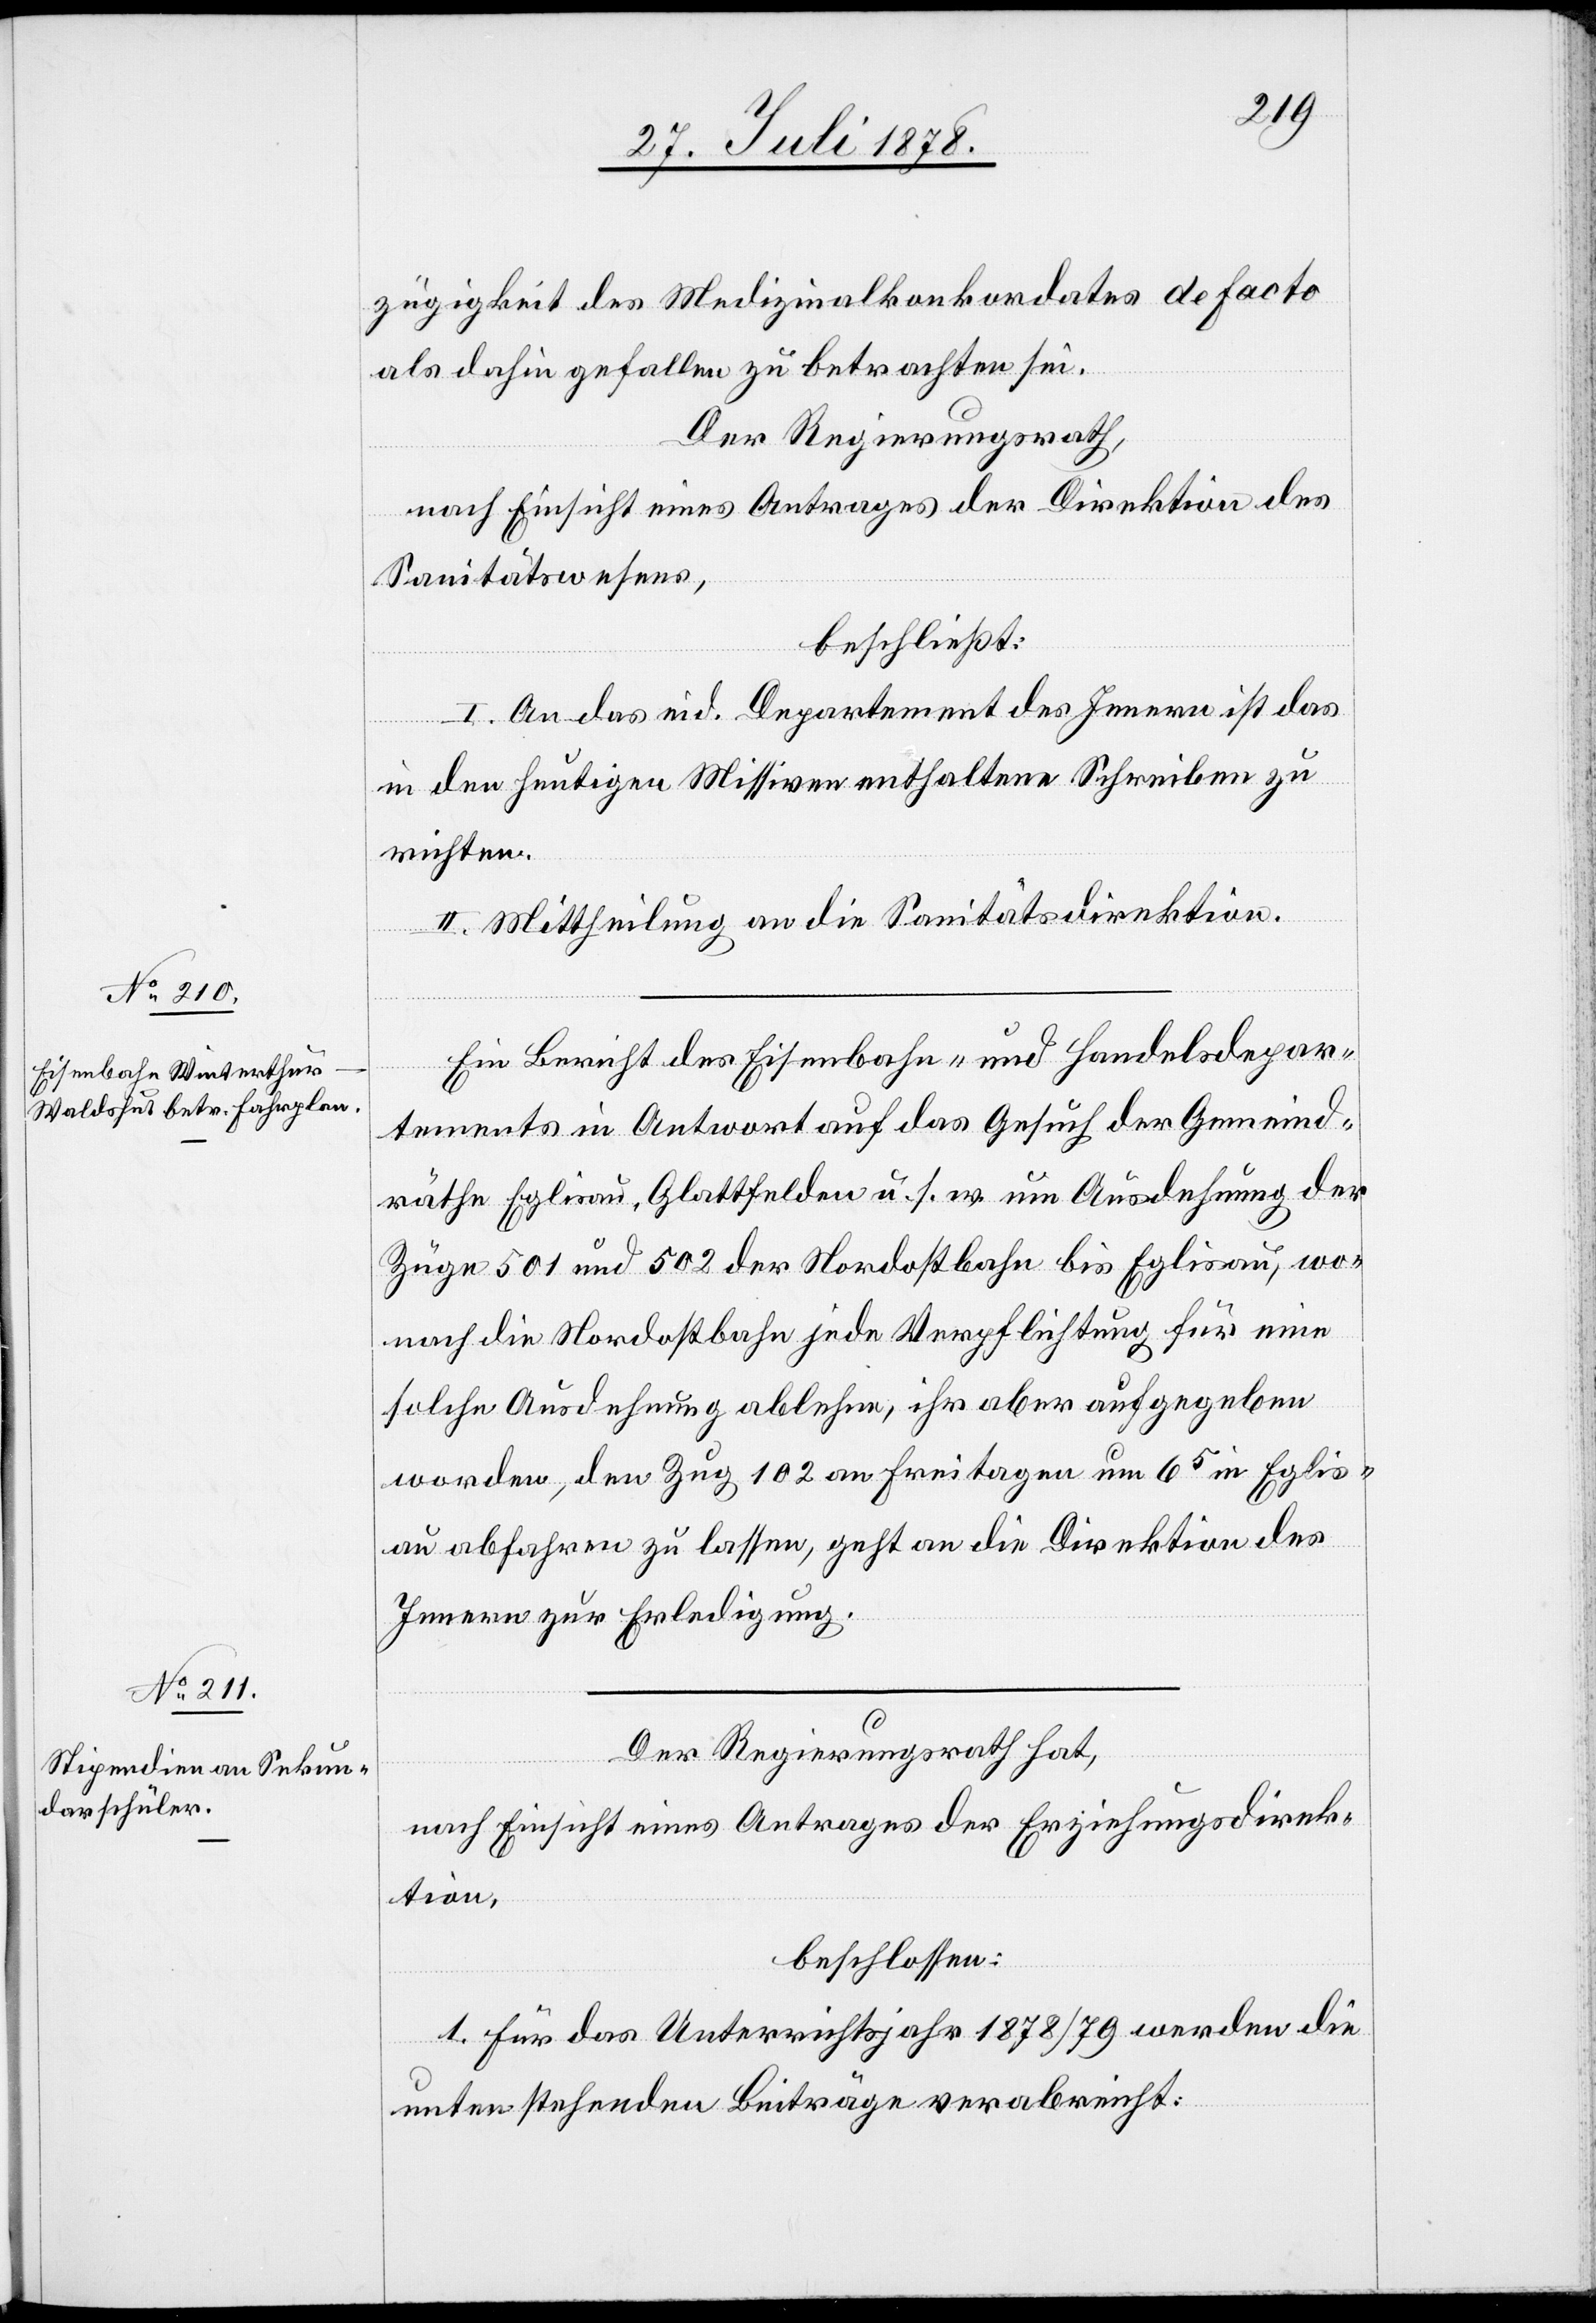
zügigkeit des Medizinalkonkordates de facto
als dahin gefallen zu betrachten sei.
Der Regierungsrath,
nach Einsicht eines Antrages der Direktion des
Sanitätswesens,
beschließt:
I. An das eid. Departement des Innern ist das
in den heutigen Missiven enthaltene Schreiben zu
richten.
II. Mittheilung an die Sanitätsdirektion.
Ein Bericht des Eisenbahn- und Handelsdepar¬
tements in Antwort auf das Gesuch der Gemeind¬
räthe Eglisau, Glattfelden u. s. w. um Ausdehnung der
Züge 501 und 502 der Nordostbahn bis Eglisau, wo¬
nach die Nordostbahn jede Verpflichtung für eine
solche Ausdehnung ablehne, ihr aber aufgegeben
worden, den Zug 102 an Freitagen um 65 in Eglis¬
au abfahren zu lassen, geht an die Direktion des
Innern zur Erledigung.
Der Regierungsrath hat,
nach Einsicht eines Antrages der Erziehungsdirek¬
tion,
beschlossen:
1. Für das Unterrichtsjahr 1878/79 werden die
untenstehenden Beiträge verabreicht.